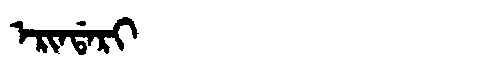
Manchu: ᡝᡵᡳᠨᡩᠠᡵᡳ
Romanization: ERINDARI